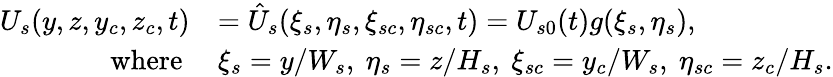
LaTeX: \begin{array}{rl}{U_{s}(y,z,y_{c},z_{c},t)}&{=\hat{U}_{s}(\xi_{s},\eta_{s},\xi_{sc},\eta_{sc},t)=U_{s0}(t)g(\xi_{s},\eta_{s}),}\\ {\mathrm{~~~where~}}&{\xi_{s}=y/W_{s},~\eta_{s}=z/H_{s},~\xi_{sc}=y_{c}/W_{s},~\eta_{sc}=z_{c}/H_{s}.}\end{array}